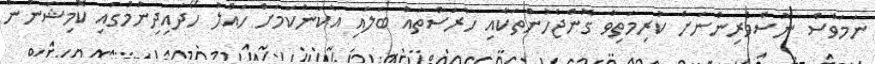
ނަމަވެސް ނޫސްވެރިންނަށް ކުރިމަތިވާ ގޮންޖެހުންތަކާއި ހުރަސްތައް ބަލައި އެކަންކަމަށް ހައްލު ހޯދައިދިނުމުގައި ކޮމިޝަނުން